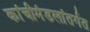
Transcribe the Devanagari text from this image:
कांचीमंडलांतर्गत